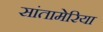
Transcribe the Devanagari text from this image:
सांतामेरिया